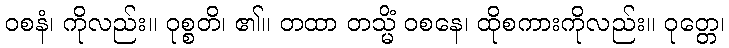
ဝစနံ၊ ကိုလည်း။ ဝုစ္စတိ၊ ၏။ တထာ တသ္မိံ ဝစနေ၊ ထိုစကားကိုလည်း။ ဝုတ္တေ၊